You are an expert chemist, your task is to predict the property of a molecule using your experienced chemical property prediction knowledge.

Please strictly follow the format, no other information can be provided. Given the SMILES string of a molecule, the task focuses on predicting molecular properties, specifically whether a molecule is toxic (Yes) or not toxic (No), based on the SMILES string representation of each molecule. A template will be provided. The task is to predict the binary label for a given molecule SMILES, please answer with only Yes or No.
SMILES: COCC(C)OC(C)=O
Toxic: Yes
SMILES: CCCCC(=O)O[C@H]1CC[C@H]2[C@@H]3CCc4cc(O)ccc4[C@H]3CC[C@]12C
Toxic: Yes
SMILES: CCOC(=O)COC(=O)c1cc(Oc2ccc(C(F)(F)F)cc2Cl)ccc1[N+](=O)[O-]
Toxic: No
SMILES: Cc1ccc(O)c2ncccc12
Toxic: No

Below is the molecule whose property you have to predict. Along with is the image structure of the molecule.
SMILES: c1ccc(C2CC2)c(OCC2=NCCN2)c1
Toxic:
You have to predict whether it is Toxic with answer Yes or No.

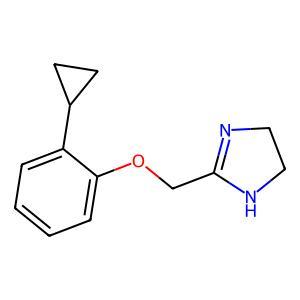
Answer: No